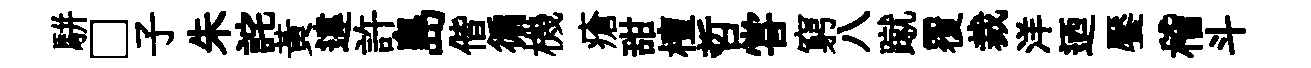
駢□子朱詫黄違許島偕徧機瘡甜檀哲甞窮八蹴覆裁洋迺饜稽斗